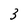
Character: 3